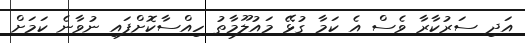
އަދި ސަރުކާރާ ވެސް އެ ކަމާ ގުޅޭ މައުލޫމާތު ހިއްސާކޮށްފައި ނުވާނެ ކަމަށް